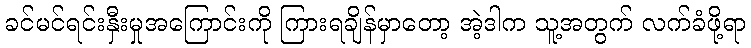
ခင်မင်ရင်းနှီးမှုအကြောင်းကို ကြားရချိန်မှာတော့ အဲ့ဒါက သူ့အတွက် လက်ခံဖို့ရာ